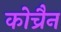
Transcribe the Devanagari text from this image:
कोच्रैन